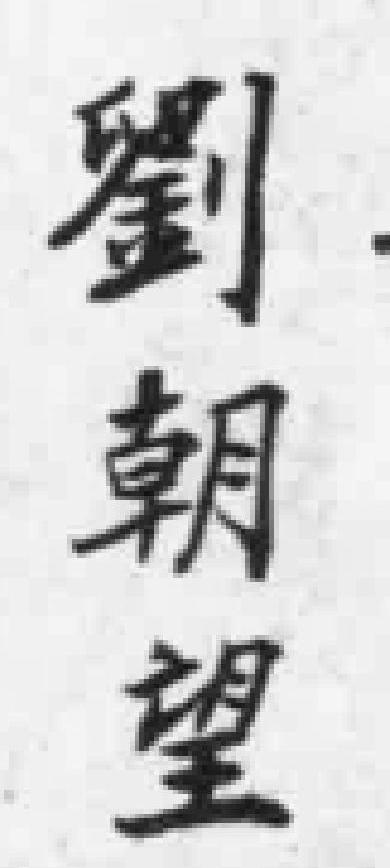
劉朝望